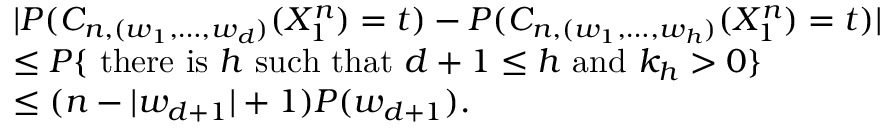
\begin{array} { r l } & { | P ( C _ { n , ( w _ { 1 } , \ldots , w _ { d } ) } ( X _ { 1 } ^ { n } ) = t ) - P ( C _ { n , ( w _ { 1 } , \ldots , w _ { h } ) } ( X _ { 1 } ^ { n } ) = t ) | } \\ & { \leq P \{ \mathrm { ~ t h e r e ~ i s ~ } h \mathrm { ~ s u c h ~ t h a t ~ } d + 1 \leq h \mathrm { ~ a n d ~ } k _ { h } > 0 \} } \\ & { \leq ( n - | w _ { d + 1 } | + 1 ) P ( w _ { d + 1 } ) . } \end{array}